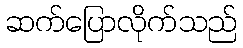
ဆက်ပြောလိုက်သည်